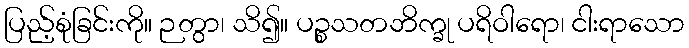
ပြည့်စုံခြင်းကို။ ဉတွာ၊ သိ၍။ ပဉ္စသတဘိက္ခု ပရိဝါရော၊ ငါးရာသော